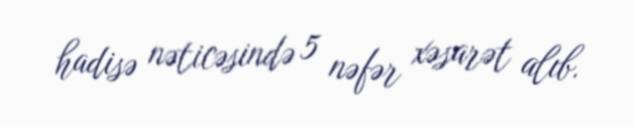
hadisə nəticəsində 5 nəfər xəsarət alıb.